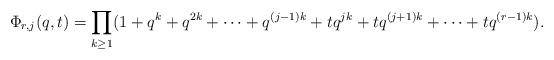
LaTeX: \begin{align*}\Phi_{r,j}(q,t)=\prod_{k \geq 1} (1+q^k+q^{2k}+\cdots+q^{(j-1)k}+tq^{jk}+tq^{(j+1)k}+\cdots+tq^{(r-1)k}).\end{align*}